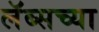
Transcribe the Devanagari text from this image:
लॅब्सच्या